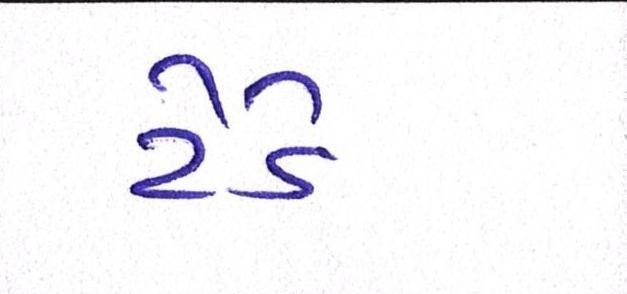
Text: ટેડે